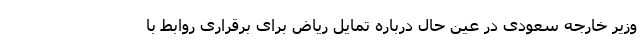
وزیر خارجه سعودی در عین حال درباره تمایل ریاض برای برقراری روابط با